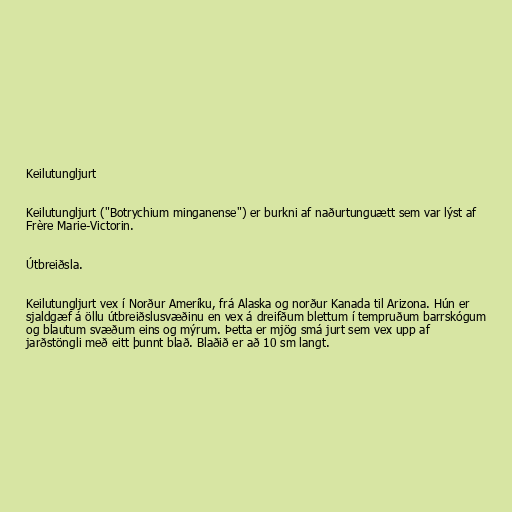
Keilutungljurt

Keilutungljurt ("Botrychium minganense") er burkni af naðurtunguætt sem var lýst af
Frère Marie-Victorin.

Útbreiðsla.

Keilutungljurt vex í Norður Ameríku, frá Alaska og norður Kanada til Arizona. Hún er
sjaldgæf á öllu útbreiðslusvæðinu en vex á dreifðum blettum í tempruðum barrskógum
og blautum svæðum eins og mýrum. Þetta er mjög smá jurt sem vex upp af
jarðstöngli með eitt þunnt blað. Blaðið er að 10 sm langt.